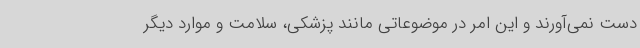
دست نمی‌آورند و این امر در موضوعاتی مانند پزشکی، سلامت و موارد دیگر